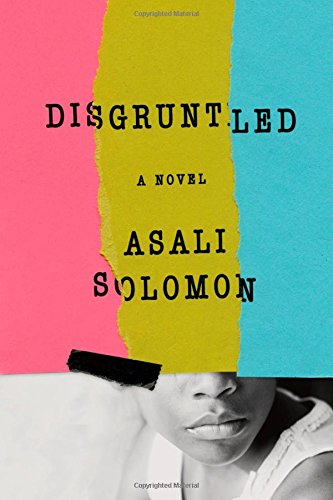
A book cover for Disgruntled: A Novel; Asali Solomon; Literature & Fiction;